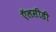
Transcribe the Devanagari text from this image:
ऍलसीडी